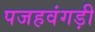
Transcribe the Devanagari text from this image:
पजहवंगड़ी